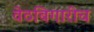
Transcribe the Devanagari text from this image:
वेठबिगारीच